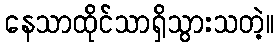
နေသာထိုင်သာရှိသွားသတဲ့။